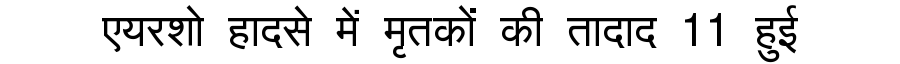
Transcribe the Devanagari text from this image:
एयरशो हादसे में मृतकों की तादाद 11 हुई